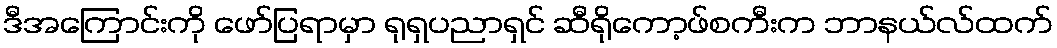
ဒီအကြောင်းကို ဖော်ပြရာမှာ ရုရှပညာရှင် ဆီရိုကော့ဖ်စကီးက ဘာနယ်လ်ထက်